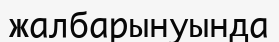
жалбарынуында